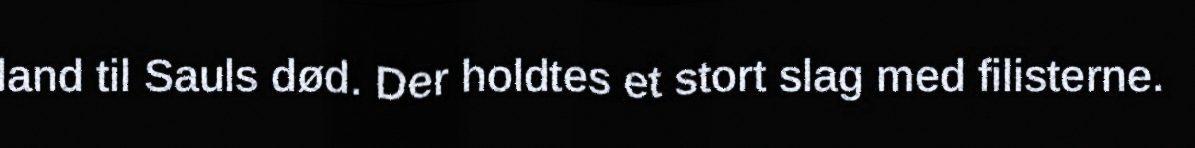
land til Sauls død. Der holdtes et stort slag med filisterne.